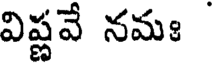
విష్ణవే నమః